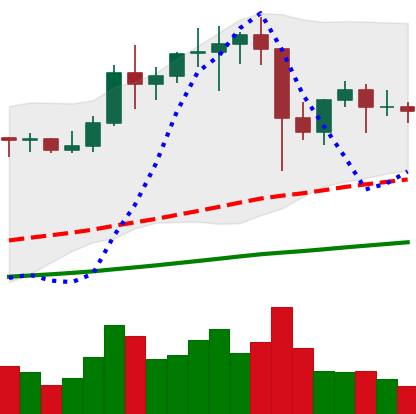
Ticker: LTC-USD
Chart end date: 2021-01-17
Forward return: -3.622%
Label: down_3_5